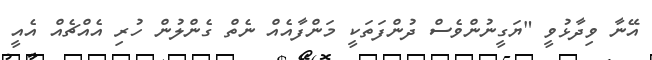
އޭނާ ވިދާޅުވީ "ޔަގީނުންވެސް ދުންފަތަކީ މަންފާއެއް ނެތް ގެންލުން ހުރި އެއްޗެއް އެއީ